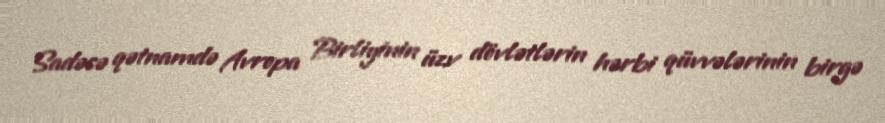
Sadəcə qətnamdə Avropa Birliyinin üzv dövlətlərin hərbi qüvvələrinin birgə